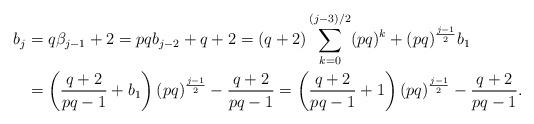
LaTeX: \begin{align*}b_j&=q\beta_{j-1}+2=pqb_{j-2}+q+2=(q+2)\sum\limits_{k=0}^{(j-3)/2}(pq)^k+(pq)^{\frac{j-1}{2}}b_1\\&=\left(\frac{q+2}{pq-1}+b_1\right)(pq)^{\frac{j-1}{2}}-\frac{q+2}{pq-1}=\left(\frac{q+2}{pq-1}+1\right)(pq)^{\frac{j-1}{2}}-\frac{q+2}{pq-1}.\end{align*}